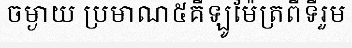
ចម្ងាយ ប្រមាណ៥គីឡូម៉ែត្រពីទីរួម